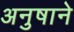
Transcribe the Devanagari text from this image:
अनुषाने